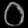
Digit: ၀